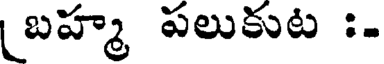
బహ్మ పలుకుట :-